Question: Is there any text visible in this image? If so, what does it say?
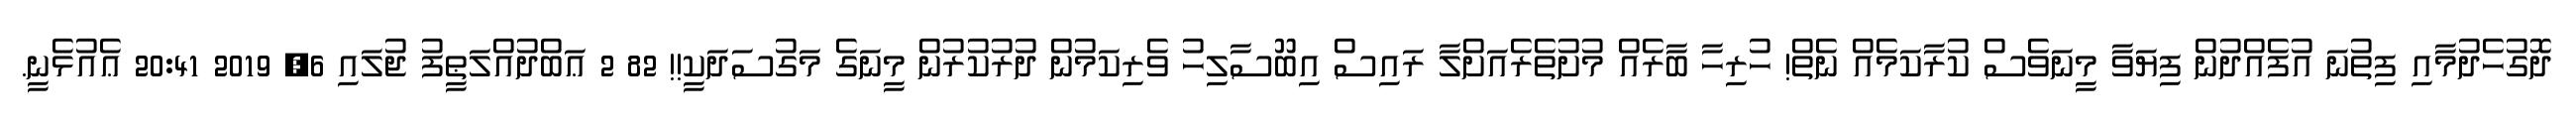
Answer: ދޮގުހެދުމާއި ފިތުނަ އުފެއްދުން ފިޔަވާ މީނަވެސް ކުރާކަމެއް ނެތް! ހުރިހާ ބާރެއް މުށުތެރެއަށްލާ ރައިސް އިބޫސާލިހު ވެރިކަމުން ދުރުކުރުން މީނަގެ މަގުސަދަކީ!! 82 2 ޢަބްދުއްލަޠީފު ޖުލައި 6, 2019 20:41 ޢެއުޅެނީ.